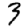
Digit: 3